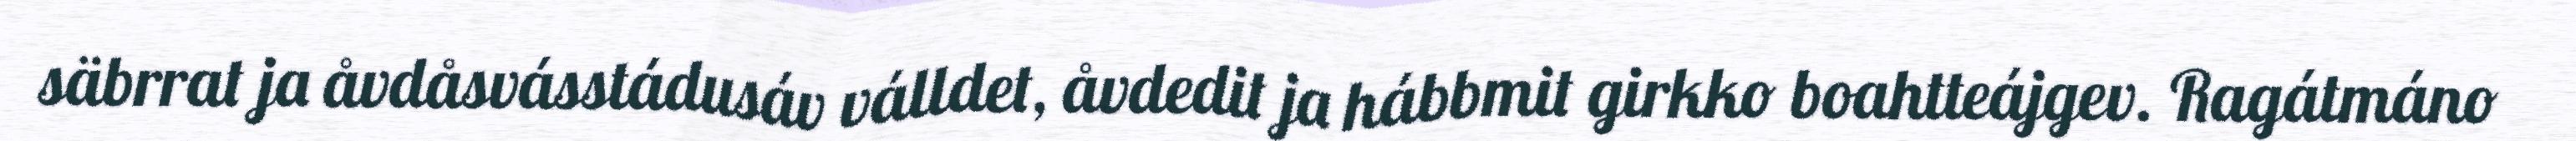
säbrrat ja åvdåsvásstádusáv válldet, åvdedit ja hábbmit girkko boahtteájgev. Ragátmáno